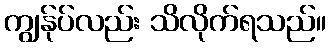
ကျွန်ုပ်လည်း သိလိုက်ရသည်။